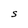
Character: S